Annual report on the working of the lock hospitals in the North-Western Provinces and Oudh
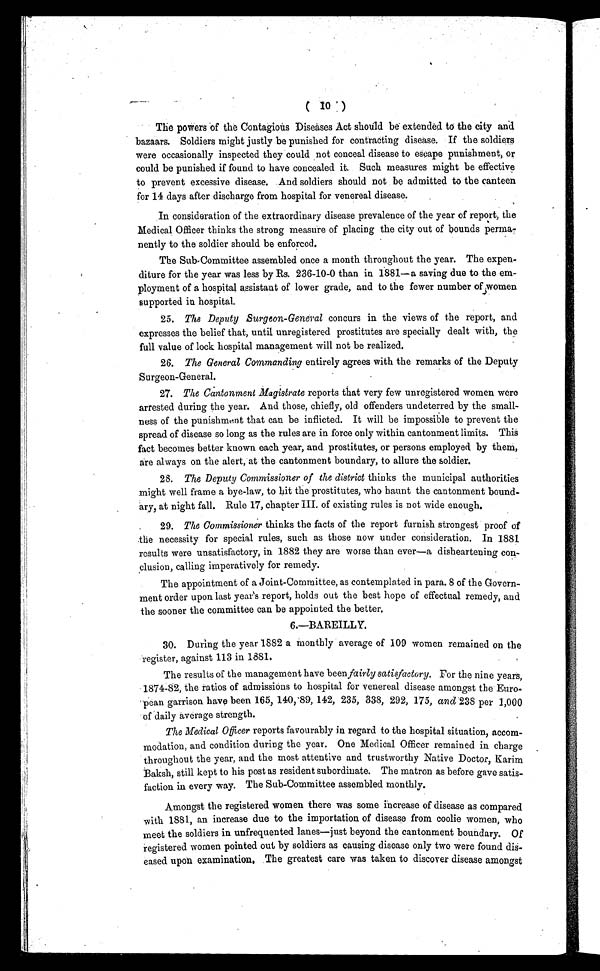
( 10 )
The powers of the Contagious Diseases Act should be extended to the city and
bazaars. Soldiers might justly be punished for contracting disease. If the soldiers
were occasionally inspected they could not conceal disease to escape punishment, or
could be punished if found to have concealed it. Such measures might be effective
to prevent excessive disease. .And soldiers should not be admitted to the canteen
for 14 days after discharge from hospital for venereal disease.
In consideration of the extraordinary disease prevalence of the year of report, the
Medical Officer thinks the strong measure of placing the city out of bounds perma-
nently to the soldier should be enforced.
The Sub-Committee assembled once a month throughout the year. The expen-
diture for the year was less by Rs. 236-10-0 than in 1881—a saving due to the em-
ployment of a hospital assistant of lower grade, and to the fewer number of women
supported in hospital.
25. The Deputy Surgeon-General concurs in the views of the report, and
expresses the belief that, until unregistered prostitutes are specially dealt with, the
full value of lock hospital management will not be realized.
26. The General Commanding entirely agrees with the remarks of the Deputy
Surgeon-General.
27. The Cantonment Magistrate reports that very few unregistered women were
arrested during the year. And those, chiefly, old offenders undeterred by the small-
ness of the punishment that can be inflicted. It will be impossible to prevent the
spread of disease so long as the rules are in force only within cantonment limits. This
fact becomes better known each year, and prostitutes, or persons employed by them,
are always on the alert, at the cantonment boundary, to allure the soldier.
28. The Deputy Commissioner of the district thinks the municipal authorities
might well frame a bye-law, to hit the prostitutes, who haunt the cantonment bound-
ary, at night fall. Rule 17, chapter III. of existing rules is not wide enough.
29. The Commissioner thinks the facts of the report furnish strongest proof of
the necessity for special rules, such as those now under consideration. In 1881
results were unsatisfactory, in 1882 they are worse than ever—a disheartening con-
clusion, calling imperatively for remedy.
The appointment of a Joint-Committee, as contemplated in para. 8 of the Govern-
ment order upon last year's report, holds out the best hope of effectual remedy, and
the sooner the committee can be appointed the better.
6.—BAREILLY.
30. During the year 1882 a monthly average of 109 women remained on the
register, against 113 in 1881.
The results of the management have been fairly satisfactory. For the nine years,
1874-82, the ratios of admissions to hospital for venereal disease amongst the Euro-
pean garrison have been 165, 140,89, 142, 235, 338, 292, 175, and 238 per 1,000
of daily average strength.
The Medical Officer reports favourably in regard to the hospital situation, accom-
modation, and condition during the year. One Medical Officer remained in charge
throughout the year, and the most attentive and trustworthy Native Doctor, Karim
Baksh, still kept to his post as resident subordinate. The matron as before gave satis-
faction in every way. The Sub-Committee assembled monthly.
Amongst the registered women there was some increase of disease as compared
with 1881, an increase due to the importation of disease from coolie women, who
meet the soldiers in unfrequented lanes—just beyond the cantonment boundary. Of
registered women pointed out by soldiers as causing disease only two were found dis-
eased upon examination, The greatest care was taken to discover disease amongst